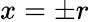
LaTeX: x=\pm r